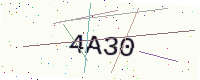
Text: 4A30